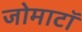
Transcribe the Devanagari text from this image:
जोमाटॉ